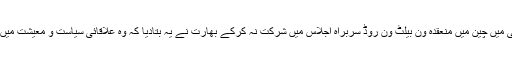
یہ سب تو ٹھیک ہے مگر حال ہی میں چین میں منعقدہ ون بیلٹ ون روڈ سربراہ اجلاس میں شرکت نہ کرکے بھارت نے یہ بتادیا کہ وہ علاقائی سیاست و معیشت میں اپنا کردار گھٹانے کو تیار نہیں۔